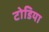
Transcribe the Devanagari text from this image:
टोडिया